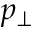
p _ { \perp }